system: You are a helpful assistant.
user:
Analyze the provided spectrum to determine if it is a **"Cataclysmic Variables (CV)"**.

- **Key Indicators for CV (Check for either state):**
    - **State 1: Quiescent / Low-State (Emission-Dominated)**
        - **(Primary):** Strong and *very broad* Hydrogen Balmer emission lines (e.g., $H\alpha$ at 6563 Å, $H\beta$ at 4861 Å). The 'broadness' (high velocity dispersion, often FWHM > 1000 km/s) is the key diagnostic, indicating a high-velocity accretion disk.
        - **(Secondary):** Broad neutral Helium (He I) emission lines (e.g., 5876 Å, 6678 Å).
        - **(Key Confirmation):** Presence of high-excitation *ionized* Helium (He II) emission at 4686 Å. This is a strong indicator of accretion onto a white dwarf.
        - **(Line Profile):** Emission lines may exhibit a 'double-peaked' profile, which is a classic signature of a rotating accretion disk viewed at high inclination.

    - **State 2: Outburst / High-State (Absorption-Dominated)**
        - **(Primary):** Spectrum is dominated by a bright, blue continuum (looks like a hot star).
        - **(Secondary):** The emission lines from State 1 are weak, absent, or 'filled in', and are replaced by broad, shallow *absorption* lines (primarily Balmer and He I).
        - **(Morphology):** The overall spectrum mimics a hot B/A-type star. The crucial difference is that the absorption lines are significantly broader, shallower, and more 'washed-out' (or 'smeared') than the sharp lines of a normal stellar photosphere, due to high rotational speeds and pressure broadening in the disk.

Think first, call **spectral_visualization_tool** if needed to examine features in detail, then provide your final answer. Your response must adhere to the following strict rules:
1.  **Overall Structure:** Your response must follow the format `<think>...</think> <tool_call>...</tool_call> (if a tool is used) <answer>...</answer>`.
2.  **Tool Usage Constraint:** You may only make **one** tool call per turn.
3.  **Final Answer Format:** In the `<answer>` tag, your conclusion must be inside a `\boxed{}` command (e.g., `\boxed{YES}`), followed by your justification.

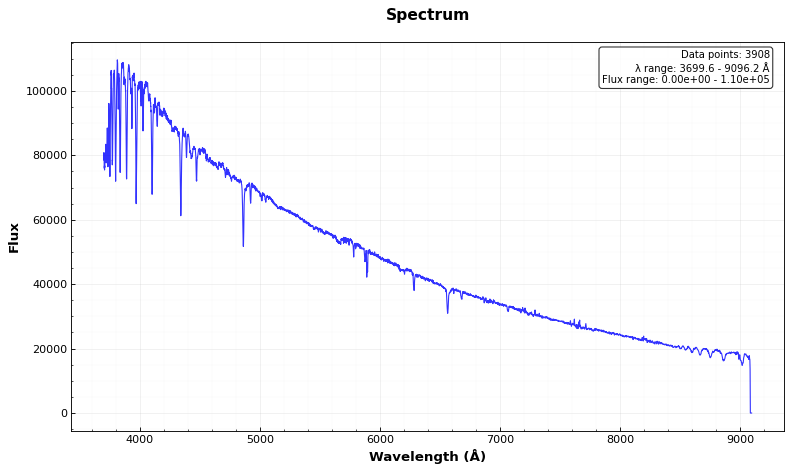
Answer: NO